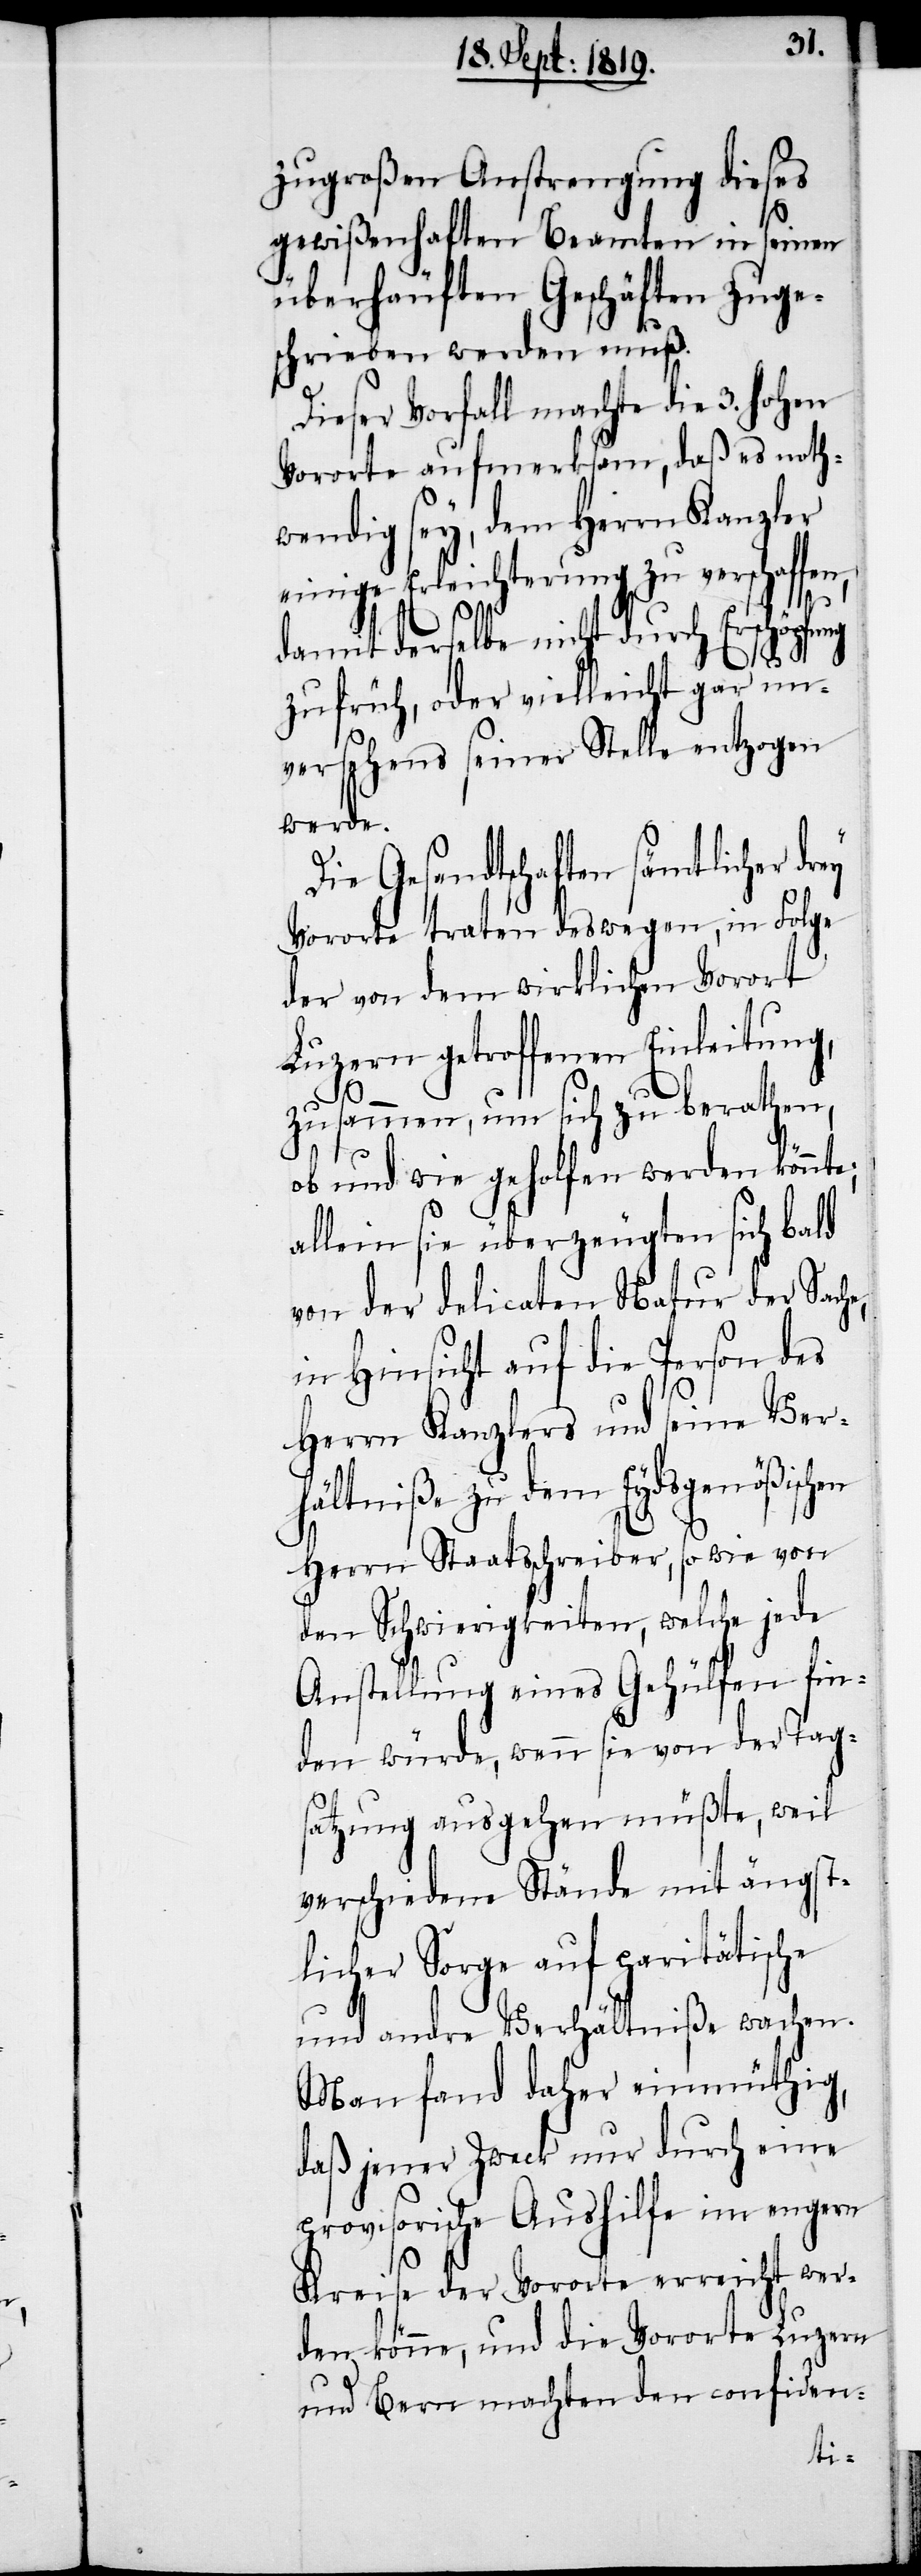
zugroßen Anstrengung dieses
gewißenhaften Beamten in seinen
überhäuften Geschäften zuge¬
schrieben werden muß.
Dieser Vorfall machte die 3. hohen
Vororte aufmerksam, daß es noth¬
wendig sey, dem Herrn Kanzler
einige Erleichterung zu verschaffen,
damit derselbe nicht durch Erschöpfung
zu früh, oder vielleicht gar un¬
versehens seiner Stelle entzogen
werde.
Die Gesandtschaften sämtlicher dr¬
Vororte traten deswegen, in Folge
der von dem wirklichen Vorort
Luzern getroffenen Einleitung,
ey
zusammen, um sich zu berathen,
ob und wie geholfen werden könnte;
allein sie überzeugten sich bald
von der delicaten Natur der Sache,
in Hinsicht auf die Person des
Herrn Kanzlers und seine Ver¬
hältniße zu dem Eydsgenößischen
Herrn Staatsschreiber, sowie von
den Schwierigkeiten, welche jede
Anstellung eines Gehülfen fin¬
den würde, wenn sie von der Tag¬
satzung ausgehen müßte, weil
verschiedene Stände mit ängst¬
licher Sorge auf paritätische
und andre Verhältniße wachen.
Man fand daher einmüthig,
daß jener Zweck nur durch eine
provisorische Aushilfe im engern
Kreise der Vororte erreicht wer¬
den könne, und die Vororte Luzern
und Bern machten den confiden-